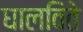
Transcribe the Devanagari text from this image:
घालविते